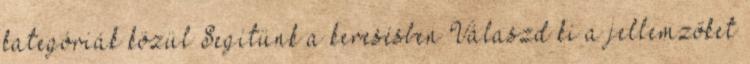
kategóriák közül Segítünk a keresésben Válaszd ki a jellemzőket